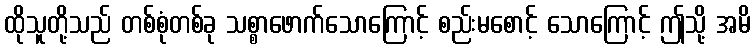
ထိုသူတို့သည် တစ်စုံတစ်ခု သစ္စာဖောက်သောကြောင့် စည်းမစောင့် သောကြောင့် ဤသို့ အမိ